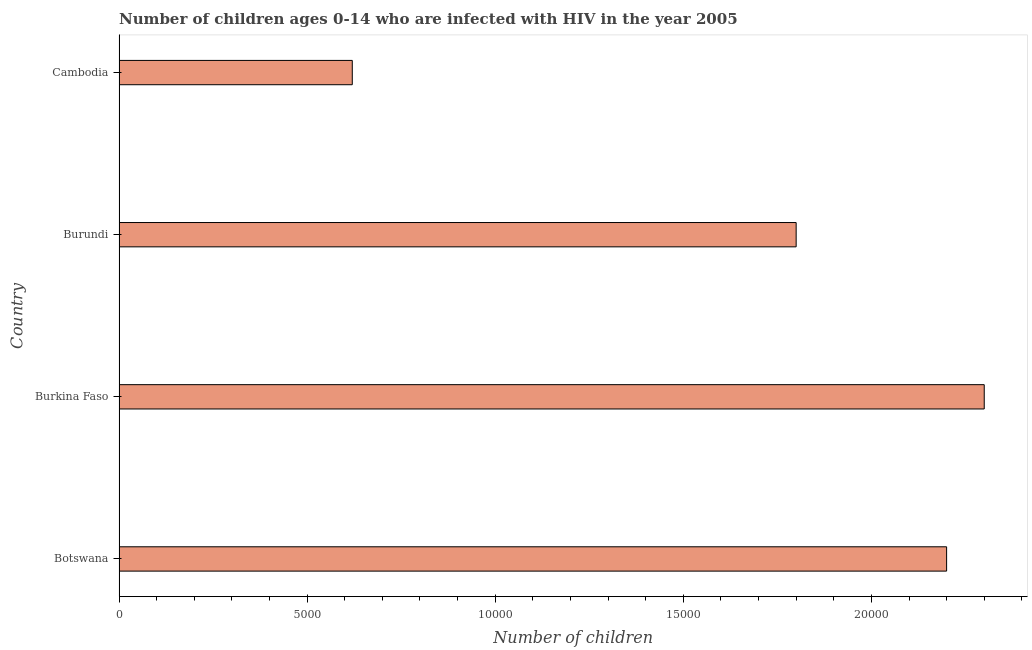
| Country | Children (0-14) living with HIV |
 | --- | --- |
 | Botswana | 2.2e+04 |
 | Burkina Faso | 2.3e+04 |
 | Burundi | 1.8e+04 |
 | Cambodia | 6.2e+03 |